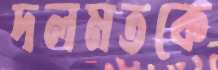
দলমতকে